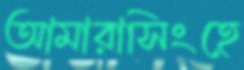
আমারাসিংহে